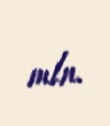
mln.